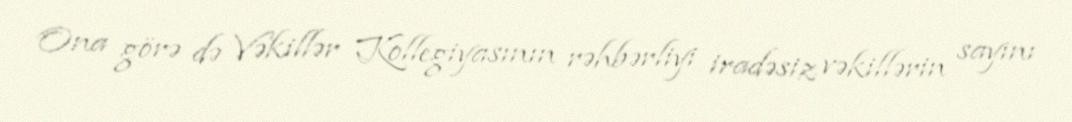
Ona görə də Vəkillər Kollegiyasının rəhbərliyi iradəsiz vəkillərin sayını